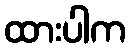
ထားပါက